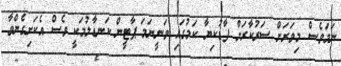
ނަމަވެސް މިވަރަށް ސަރުކާރަށް ފާޑުކިޔާ ކަމުގައި ވަނީނަމަ ޕާޓީން ކަނޑާލުމަކީ ވެސް އެކަށިގެންވާ